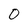
Character: O